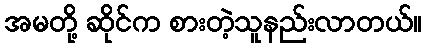
အမတို့ ဆိုင်က စားတဲ့သူနည်းလာတယ်။